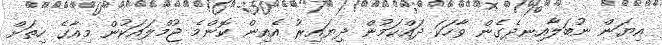
އިޔަން ނުބަލާއިނދެގެން ވާހަކަ ދައްކަމުން ދިޔައިރު އެއިން ކޮންމެ ޖުމްލައަކުން މިއާގެ ހިތަށް